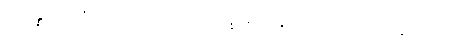
သမန္နာဂတော၊ ပြည့်စုံသော။ ဘိက္ခု၊ ရဟန်းသည်။ အာဟုနေတယျေ၊